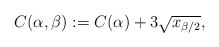
\begin{align*}C(\alpha,\beta):= C(\alpha)+ 3\sqrt{x_{\beta/2}},\end{align*}